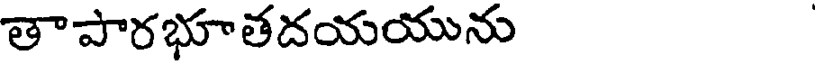
తాపారభూతదయయును